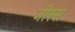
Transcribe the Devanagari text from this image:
जीस्स